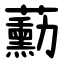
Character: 蘍